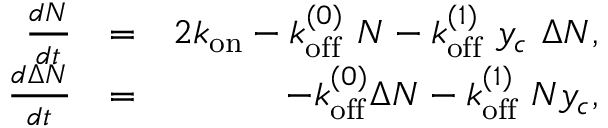
\begin{array} { r l r } { \frac { d N } { d t } } & { = } & { 2 k _ { \mathrm { o n } } - k _ { \mathrm { o f f } } ^ { ( 0 ) } \ N - k _ { \mathrm { o f f } } ^ { ( 1 ) } \ y _ { c } \ \Delta N , } \\ { \frac { d \Delta N } { d t } } & { = } & { - k _ { \mathrm { o f f } } ^ { ( 0 ) } \Delta N - k _ { \mathrm { o f f } } ^ { ( 1 ) } \ N y _ { c } , } \end{array}